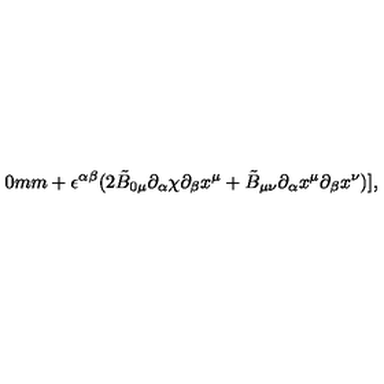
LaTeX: \hspace { 2 0 m m } + \epsilon ^ { \alpha \beta } ( 2 \tilde { B } _ { 0 \mu } { \partial _ { \alpha } } { \chi } { \partial _ { \beta } } { x ^ { \mu } } + \tilde { B } _ { \mu \nu } { \partial _ { \alpha } } { x ^ { \mu } } { \partial _ { \beta } } { x ^ { \nu } } ) ] ,